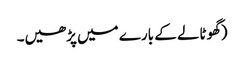
(گھوٹالے کے بارے میں پڑھیں۔